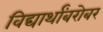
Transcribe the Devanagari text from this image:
विद्यार्थांबरोबर